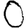
Digit: 0